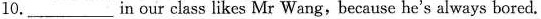
10.___in our class likes Mr Wang, because he's always bored.